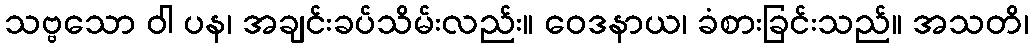
သဗ္ဗသော ဝါ ပန၊ အချင်းခပ်သိမ်းလည်း။ ဝေဒနာယ၊ ခံစားခြင်းသည်။ အသတိ၊